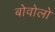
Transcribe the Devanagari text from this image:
बोवोलो